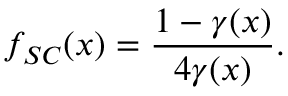
f _ { S C } ( x ) = \frac { 1 - \gamma ( x ) } { 4 \gamma ( x ) } .